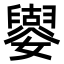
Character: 𡣿